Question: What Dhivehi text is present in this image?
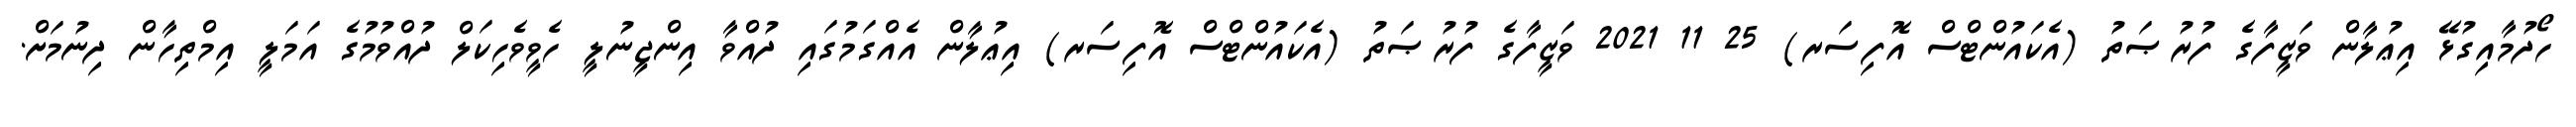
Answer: ހޯދުމާއިގުޅޭ އިޢުލާން ވަޒީފާގެ ފުރުޞަތު (އެކައުންޓްސް އޮފިސަރ) 25 11 2021 ވަޒީފާގެ ފުރުޞަތު (އެކައުންޓްސް އޮފިސަރ) އިޢުލާން އެއްގަމުގައި ދުއްވާ އިންޖީނުލީ ހެވީވެހިކަލް ދުއްވުމުގެ އަމަލީ އިމްތިހާން ދިނުމަށް.